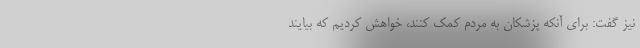
نیز گفت: برای آنکه پزشکان به مردم کمک کنند، خواهش کردیم که بیایند